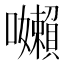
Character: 𭌽